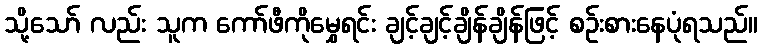
သို့သော် လည်း သူက ကော်ဖီကိုမွှေရင်း ချင့်ချင့်ချိန်ချိန်ဖြင့် စဉ်းစားနေပုံရသည်။